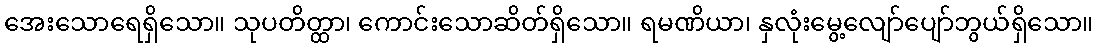
အေးသောရေရှိသော။ သုပတိတ္ထာ၊ ကောင်းသောဆိတ်ရှိသော။ ရမဏိယာ၊ နှလုံးမွေ့လျော်ပျော်ဘွယ်ရှိသော။